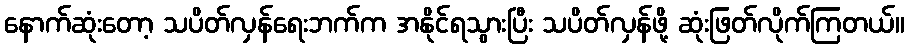
နောက်ဆုံးတော့ သပိတ်လှန်ရေးဘက်က အနိုင်ရသွားပြီး သပိတ်လှန်ဖို့ ဆုံးဖြတ်လိုက်ကြတယ်။